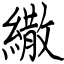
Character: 繖